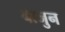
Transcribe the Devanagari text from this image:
बाजुन